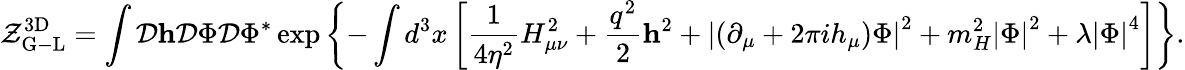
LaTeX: {\cal Z}_{\mathrm{G-L}}^{\mathrm{3D}}=\int{\cal D}{\mathbf h}{\cal D}\Phi{\cal D}\Phi^{*}\exp\left\{ -\int d^{3}x\left[\frac{1}{4\eta^{2}}H_{\mu\nu}^{2}+\frac{q^{2}}{2}{\mathbf h}^{2}+\left|\left(\partial_{\mu}+2\pi ih_{\mu}\right)\Phi\right|^{2}+m_{H}^{2}\left|\Phi\right|^{2}+\lambda\left|\Phi\right|^{4}\right]\right\} .